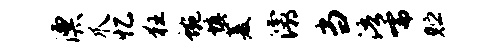
漂爪忆狂蜿填菱灞当浯嚅贮